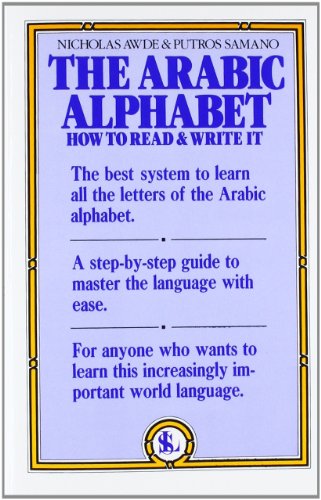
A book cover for The Arabic Alphabet: How to Read & Write It; Nicholas Awde; Travel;